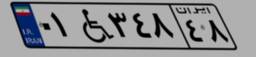
۰۱W۳۴۸۴۸